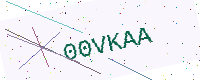
Text: 00VKAA